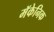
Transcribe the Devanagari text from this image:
मॅकेनिक